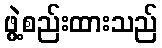
ဖွဲ့စည်းထားသည်